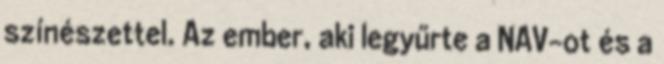
színészettel. Az ember, aki legyűrte a NAV-ot és a